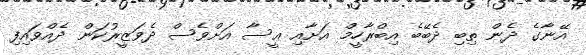
އޭނާގެ ދެން ތިބި ދެބޭބެ އިބްރާހީމް އަށާއި ޢީސާ އަށްވެސް ދެވަޒީރުކަން ދެއްވައިފި